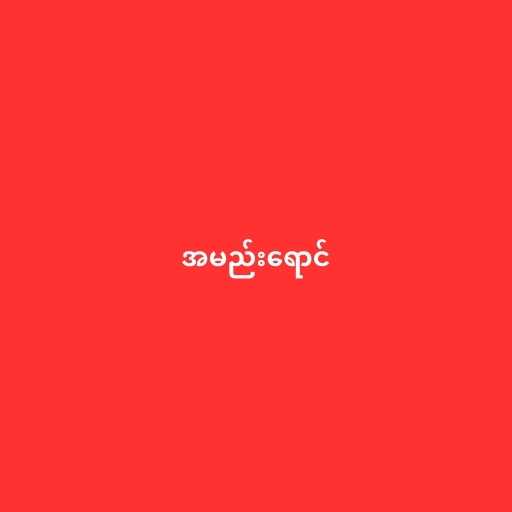
အမည်းရောင်